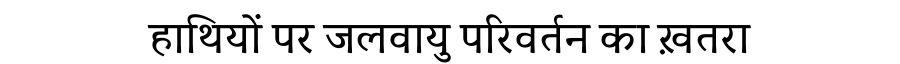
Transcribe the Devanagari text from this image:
हाथियों पर जलवायु परिवर्तन का ख़तरा